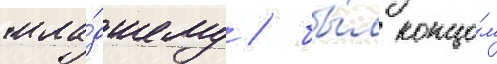
мла́дшему / бы́л концо́м